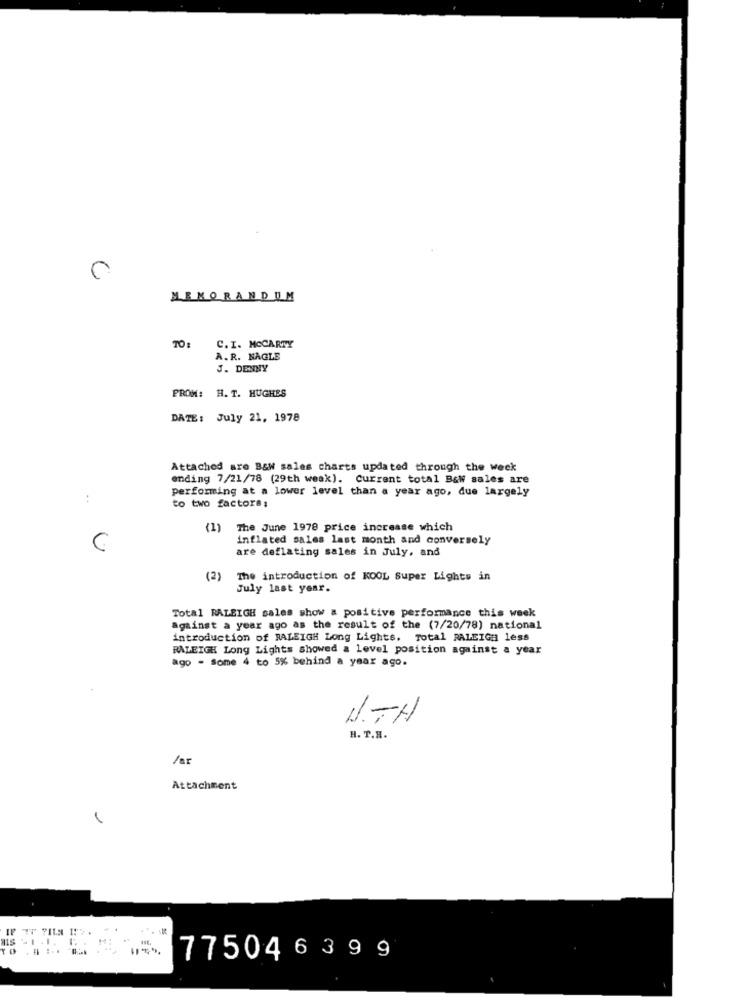
MEMORANDUM
TO:
C.I. MCCARTY
A. R. NAGLE
J. DENNY
PROM: H. T. HUGHES
DATE: July 21, 1978
Attached are B&W sales charts updated through the week
ending 7/21/78 (29th weak). Current total B&W sales are
performing at a lower level than a year ago, due largely
:
to two factors;
(1) The June 1978 price increase which
inflated sales last month and conversely
are deflating sales in July, and
(2)
The introduction of KOOL Super Lights in
July last year.
Total RALEIGH sales show a positive performance this week
against a year ago as the result of the (7/20/78) national
introduction of RALEIGH Long Lights. Total RALEIGH less
RALEIGH Long Lights showed a level position against a year
ago - some 4 to 5% behind a year ago.
UTH
H. T.H.
/ar
Attachment
77504 6 399